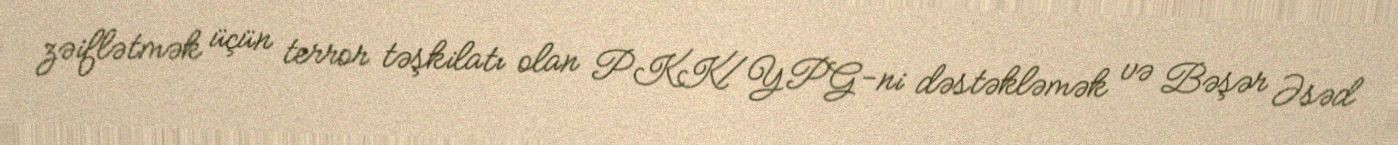
zəiflətmək üçün terror təşkilatı olan PKK/YPG-ni dəstəkləmək və Bəşər Əsəd